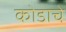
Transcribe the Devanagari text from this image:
कोडाचे